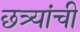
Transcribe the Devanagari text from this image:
छत्र्यांची